Civil Veterinary Department Bihar reports 1936-40 - 1936-1940
Year: 1936
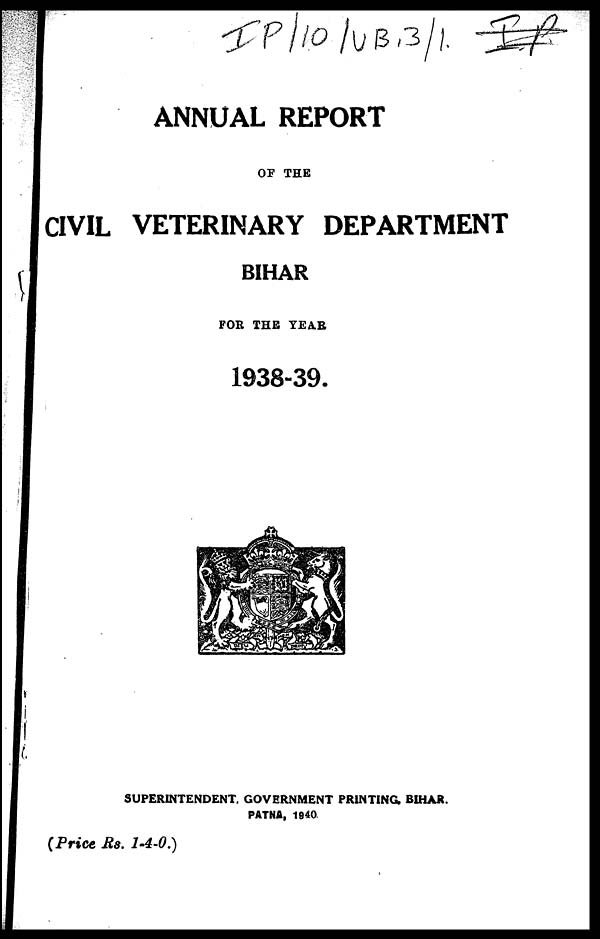
ANNUAL REPORT
OF THE
CIVIL VETERINARY DEPARTMENT
BIHAR
FOR THE YEAR
1938-39.
SUPERINTENDENT. GOVERNMENT PRINTING, BIHAR.
PATNA, 1940.
(Price Rs. 1-4-0.)